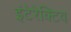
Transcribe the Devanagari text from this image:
इंटेरेक्टिव